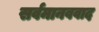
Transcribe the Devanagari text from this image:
सर्वमानववाद